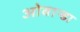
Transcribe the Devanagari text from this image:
ओबान्डा